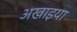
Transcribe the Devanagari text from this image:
अखाइया